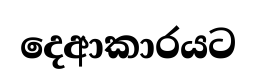
දෙආකාරයට